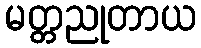
မတ္တညုတာယ